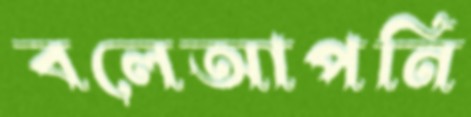
বলেআপনি